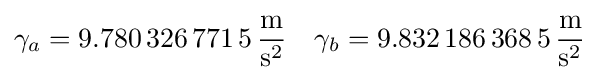
\gamma _{a}=9{.}780\,326\,771\,5\,\mathrm {\frac {m}{s^{2}}} \quad \gamma _{b}=9{.}832\,186\,368\,5\,\mathrm {\frac {m}{s^{2}}}